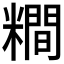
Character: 𥼴